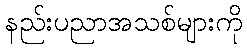
နည်းပညာအသစ်များကို